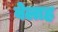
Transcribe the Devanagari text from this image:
बेलाह